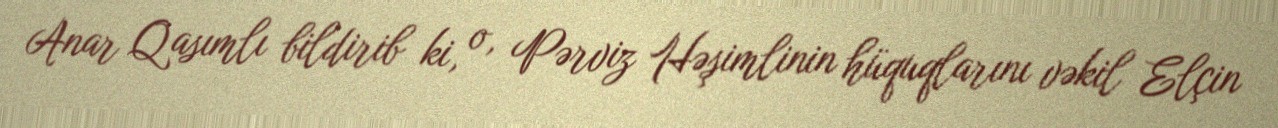
Anar Qasımlı bildirib ki, o, Pərviz Həşimlinin hüquqlarını vəkil Elçin